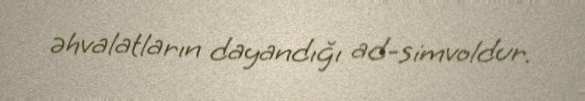
əhvalatların dayandığı ad-simvoldur.